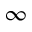
\infty